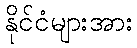
နိုင်ငံများအား